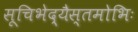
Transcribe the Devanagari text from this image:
सूचिभेद्यैस्तमोभिः